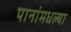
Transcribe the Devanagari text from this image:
पानांमधल्या